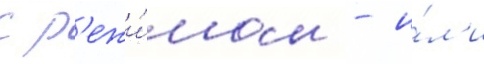
с р'ежи́мом - и́л'и